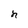
Character: h